Report on the lunatic asylums under the Government of Bombay - 1904-1913
Year: 1904
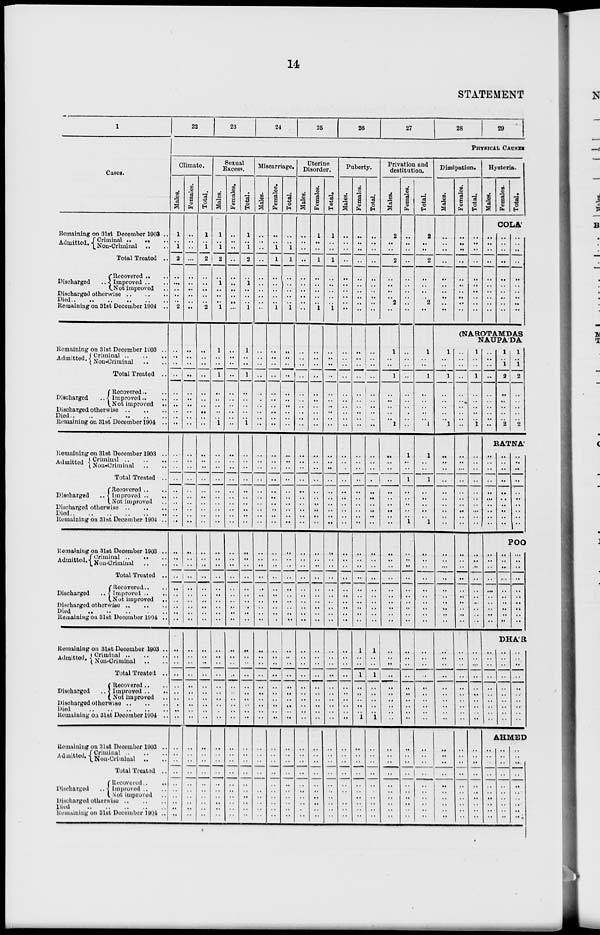
14
STATEMENT
1
Cases.
Remaining on 31st December 1903 ..
Admitted. Criminal .. .. ..
Non-Criminal .. ..
Total Treated ..
Discharged ..
Recovered .. ..
Improved .. ..
Not improved ..
Discharged otherwise .. .. ..
Died .. .. .. .. .. ..
Remaining on 31st December 1904 ..
Remaining on 31st December 1903 ..
Admitted. Criminal .. .. ..
Non-Criminal .. ..
Total Treated ..
Discharged ..
Recovered .. ..
Improved .. ..
Not improved ..
Discharged otherwise .. .. ..
Died .. .. .. ..
Remaining on 31st December 1904 ..
Remaining on 31st December 1903 ..
Admitted Criminal .. .. ..
Non-Criminal .. ..
Total Treated ..
Discharged ..
Recovered .. ..
Improved .. ..
Not improved ..
Discharged otherwise .. .. ..
Died
..
..
..
..
Remaining on 31st December 1904 ..
Remaining on 31st December 1903 ..
Admitted. Criminal .. .. ..
Non-Criminal .. ..
Total Treated ..
Discharged
Recovered .. ..
Improved ..
Not improved ..
Discharged otherwise .. .. ..
Died
..
..
..
..
Remaining on 31st December 1904 ..
Remaining on 31st December 1903 ..
Admitted. Criminal .. .. ..
Non-Criminal .. ..
Total Treated ..
Discharged ..
Recovered .. ..
Improved .. ..
Not improved ..
Discharged otherwise .. .. ..
Died .. .. .. ..
Remaining on 3lst December 1904 ..
Remaining on 31st December 1903 ..
Admitted. Criminal
..
..
..
Non-Criminal .. ..
Total Treated ..
Discharged ..
Recovered ..
..
Improved .. ..
Not improved ..
Discharged otherwise
..
..
..
Died
..
..
..
..
..
Remaining on 31st December 1904 ..
22
23
24
25
26
27
28
29
PHYSICAL CAUSES
Climate.
Males.
1
..
1
2
..
..
..
..
..
2
..
..
..
..
..
..
..
..
..
..
..
..
..
..
..
..
..
..
..
..
..
..
..
..
..
..
..
..
..
..
..
..
..
..
..
..
..
..
..
..
..
..
..
..
..
..
..
..
..
..
Females.
..
..
..
..
..
..
..
..
..
..
..
..
..
..
..
..
..
..
. .
..
. .
..
..
..
..
..
..
..
..
..
. .
. .
..
..
..
. .
..
..
..
..
..
..
..
..
..
..
. .
..
..
..
..
..
..
..
..
..
..
..
..
..
Total.
1
..
1
2
..
..
..
..
..
2
..
..
..
..
..
..
..
..
..
..
..
..
..
..
..
..
..
..
..
..
..
..
..
..
..
..
..
..
..
..
..
..
..
..
..
..
..
..
..
..
..
..
..
..
..
..
..
..
..
..
Sexual
Excess.
Males.
1
..
1
2
..
1
..
..
..
1
1
..
..
1
..
..
..
..
..
1
..
..
..
..
..
..
..
..
..
..
..
..
..
..
..
..
..
..
..
..
..
..
..
..
..
..
..
..
..
..
..
..
..
..
..
..
..
..
..
..
Females.
..
..
..
..
..
. .
..
..
..
..
..
..
..
..
..
..
..
..
..
..
..
..
..
..
..
..
..
..
..
..
..
..
..
..
..
..
..
..
..
..
..
..
..
..
..
..
..
..
..
..
..
..
..
..
..
..
..
..
..
..
Total.
1
..
1
2
..
1
..
..
..
1
1
..
..
1
..
..
..
..
..
1
..
..
..
..
..
..
..
..
..
..
..
..
..
..
..
..
..
..
..
..
..
..
..
..
..
..
..
..
..
..
..
..
..
..
..
..
..
..
..
..
Miscarriage.
Males.
..
..
..
..
..
..
..
..
..
..
..
..
..
..
..
..
..
..
..
..
..
..
..
..
..
..
..
..
..
..
..
..
..
..
..
..
..
..
..
..
..
..
..
..
..
..
..
..
..
..
..
..
..
..
..
..
..
..
..
..
Females.
..
..
1
1
..
..
..
..
..
1
..
..
..
..
..
..
..
..
..
..
..
..
..
..
..
..
..
..
..
..
..
..
..
..
..
..
..
..
..
..
..
..
..
..
..
..
..
..
..
..
..
..
..
..
..
..
..
..
..
..
Total.
..
..
1
1
..
..
..
..
..
1
..
..
..
..
..
..
..
..
..
..
..
..
..
..
..
..
..
..
..
..
..
..
..
..
..
..
..
..
..
..
..
..
..
..
..
..
..
..
..
..
..
..
..
..
..
..
..
..
..
..
Uterine
Disorder.
Males.
..
..
..
..
..
..
..
.. ..
..
..
..
..
. .
..
..
..
..
..
..
..
..
..
..
..
..
..
..
..
..
..
..
..
..
..
..
..
..
..
..
..
. .
..
..
..
..
..
. .
..
..
. .
..
..
..
..
..
..
..
..
..
Females.
1
..
..
1
..
..
..
..
..
1
..
..
..
..
..
..
..
..
..
..
..
..
..
..
..
..
..
..
..
..
..
..
..
..
..
..
..
..
..
..
..
..
..
..
..
..
..
..
..
..
..
..
..
..
..
..
..
..
..
..
Total.
1
..
..
1
..
..
..
..
..
1
..
..
..
..
..
..
..
..
..
..
..
..
..
..
..
..
..
..
..
..
..
..
..
..
..
..
..
..
..
..
..
..
..
..
..
..
..
..
..
..
..
..
..
..
..
..
..
..
..
..
Puberty.
Males.
..
..
..
..
..
..
..
..
..
..
..
..
..
..
..
..
..
..
..
..
..
..
..
..
..
..
..
..
..
..
..
..
..
..
..
..
..
..
..
..
..
..
..
..
..
..
..
..
..
..
..
..
..
..
..
..
..
..
..
..
Females.
..
..
..
..
..
..
..
..
..
..
..
..
..
..
..
..
..
..
..
..
..
..
..
..
..
..
..
..
..
..
..
..
..
..
..
..
..
..
..
..
1
..
..
1
..
..
..
..
.. 1
..
..
..
..
..
..
..
..
..
..
Total.
..
..
..
..
..
..
..
..
..
..
..
..
..
..
..
..
..
..
..
..
..
..
..
..
..
. .
..
..
..
..
..
..
..
..
..
..
..
..
..
..
1
..
..
1
..
..
..
..
..
1
..
..
..
..
..
..
..
..
..
..
Privation and
destitution.
Males.
2
..
..
2
..
..
..
..
2
..
1
..
..
1
..
..
..
..
..
1
..
..
..
..
..
..
..
..
..
..
..
..
..
..
..
..
..
..
..
..
..
..
..
..
..
..
..
..
..
..
..
..
..
..
..
..
..
..
..
..
Females.
..
..
..
. .
..
..
..
..
..
..
..
..
..
..
..
..
..
..
..
..
1
..
..
1
..
..
..
..
..
1
..
..
..
..
..
..
..
..
..
..
..
..
..
..
..
..
..
..
..
..
..
..
..
..
..
..
..
..
..
..
Total.
2
..
..
2
..
..
..
.. 2
..
1
..
..
1
..
..
..
..
..
1
1
..
..
1
..
..
..
..
..
1
..
..
..
..
..
..
..
..
..
..
..
..
..
..
..
..
..
..
..
..
..
..
..
..
..
..
..
..
..
..
Dissipation.
Males.
..
..
..
..
..
..
..
..
..
..
Females.
..
..
..
..
..
..
..
..
..
..
Total.
..
..
..
..
..
..
..
..
..
..
Hysteria.
Males.
..
..
..
..
..
..
..
..
..
..
Females.
Total.
COLA'
..
..
..
..
..
..
..
..
..
..
..
..
..
..
..
..
..
..
..
..
(NAROTAMDAS
NAUPA'DA
1
..
..
1
..
..
..
..
..
1
..
..
..
..
..
..
..
..
..
..
..
..
..
..
..
..
..
..
..
..
..
..
..
..
..
..
..
..
..
..
..
..
..
..
..
..
..
..
..
..
..
..
..
..
..
..
..
..
..
..
..
..
..
..
..
..
..
..
..
..
..
..
..
..
..
..
..
..
..
..
..
..
..
..
..
..
..
..
..
..
..
..
..
..
..
..
..
..
..
..
1
..
..
1
..
..
..
..
..
1
..
..
..
..
..
..
..
..
..
..
..
..
..
..
..
..
..
..
..
..
..
..
..
..
..
..
..
..
..
..
..
..
..
..
..
..
..
..
..
..
..
..
..
..
..
..
..
..
..
..
1
..
1
2
..
..
..
..
..
2
1
..
1
2
..
..
..
..
.. 2
RATNA'
..
..
..
..
..
..
..
..
..
..
..
..
..
..
..
..
..
..
..
..
..
..
..
..
..
..
..
..
..
POO
..
..
..
..
..
..
..
..
..
..
..
..
..
..
..
..
..
..
..
..
..
..
..
..
..
..
..
..
..
..
DHA'R
..
..
..
..
..
..
..
..
..
..
..
..
..
..
..
..
..
..
..
..
..
..
..
..
..
..
..
..
..
..
AHMED
..
..
..
..
..
..
..
..
..
..
..
..
..
..
..
..
..
..
..
..
..
..
..
..
..
..
..
..
..
..